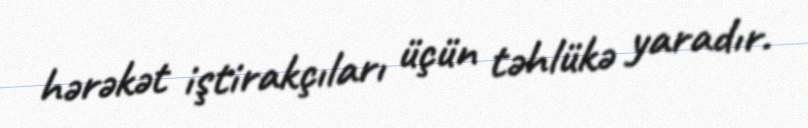
hərəkət iştirakçıları üçün təhlükə yaradır.